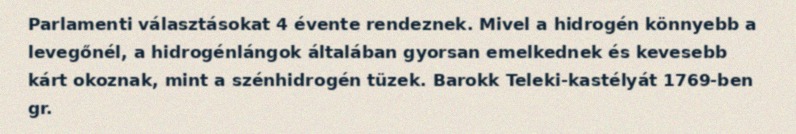
Parlamenti választásokat 4 évente rendeznek. Mivel a hidrogén könnyebb a levegőnél, a hidrogénlángok általában gyorsan emelkednek és kevesebb kárt okoznak, mint a szénhidrogén tüzek. Barokk Teleki-kastélyát 1769-ben gr.